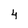
Character: 4